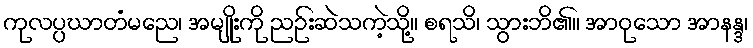
ကုလပ္ပဃာတံမညေ၊ အမျိုးကို ညဉ်းဆဲသကဲ့သို့။ စရသိ၊ သွားဘိ၏။ အာဝုသော အာနန္ဒ၊